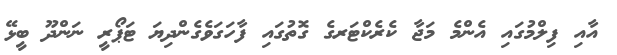
އާއި ފިލްމުގައި އެންމެ މަޖާ ކެރެކްޓަރގެ ގޮތުގައި ފާހަގަވެގެންދިޔަ ޓަޕޯރީ ނަންދޫ ބީޅޭ